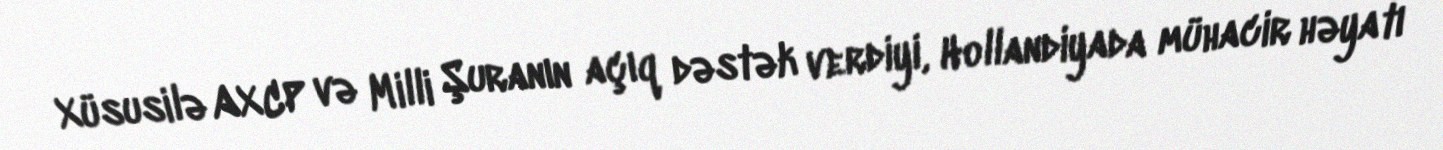
Xüsusilə AXCP və Milli Şuranın açıq dəstək verdiyi, Hollandiyada mühacir həyatı